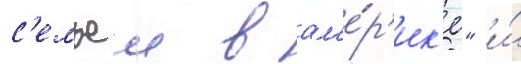
с'емьеи в ам'е́р'ик'е" и́